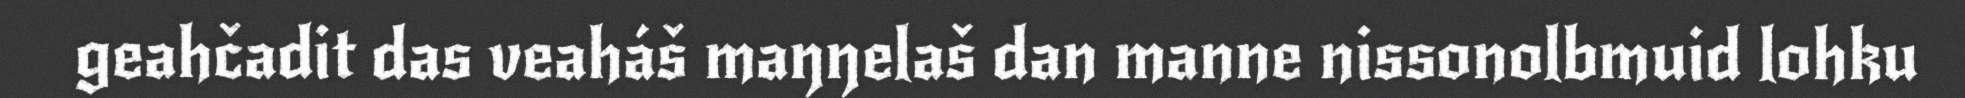
geahčadit das veaháš maŋŋelaš dan manne nissonolbmuid lohku